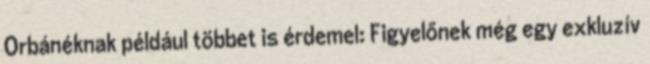
Orbánéknak például többet is érdemel: Figyelőnek még egy exkluzív